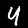
Digit: 4